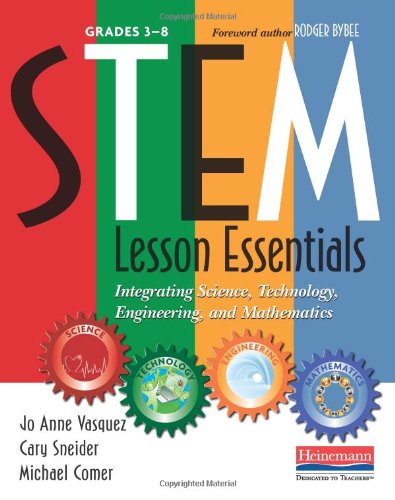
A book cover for STEM Lesson Essentials, Grades 3-8: Integrating Science, Technology, Engineering, and Mathematics; Jo Anne Vasquez; Education & Teaching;